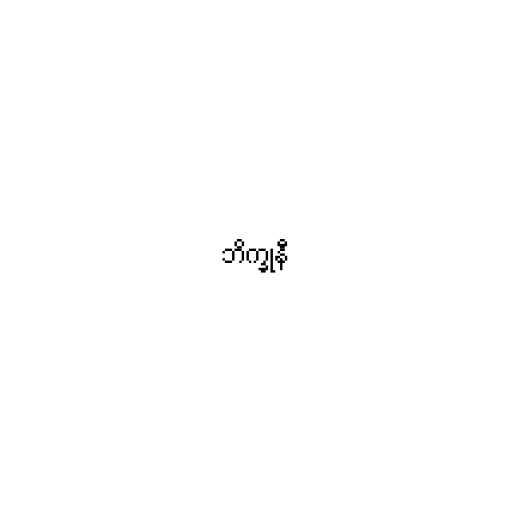
ဘိက္ခုနီ